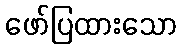
ဖော်ပြထားသော